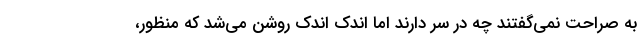
به صراحت نمی‌گفتند چه در سر دارند اما اندک اندک روشن می‌شد که منظور،